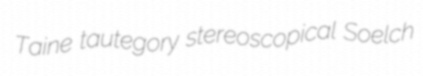
Taine tautegory stereoscopical Soelch